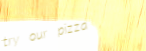
try our pizza